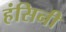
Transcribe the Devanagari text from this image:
हंसिनी